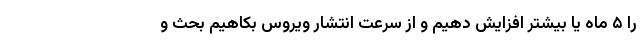
را ۵ ماه یا بیشتر افزایش دهیم و از سرعت انتشار ویروس بکاهیم بحث و